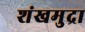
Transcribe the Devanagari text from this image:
शंखमुद्रा